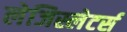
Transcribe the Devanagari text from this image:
लेजिस्लेटर्स